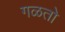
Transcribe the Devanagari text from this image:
गळतो